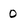
Character: O